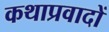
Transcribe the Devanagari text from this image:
कथाप्रवादों